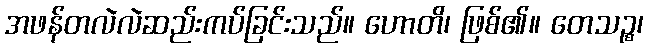
အဖန်တလဲလဲဆည်းကပ်ခြင်းသည်။ ဟောတိ၊ ဖြစ်၏။ တေသဉ္စ၊